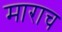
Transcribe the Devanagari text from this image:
माराच